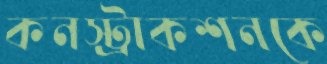
কনস্ট্রাকশনকে